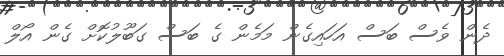
ދެން ވެސް ބަސް އަހައިގެން މަމެން ގެ ބަސް ގަބޫލުކޮށް ގެން އޯލް